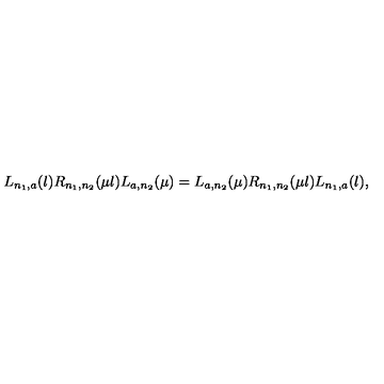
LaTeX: L _ { n _ { 1 } , a } ( \l ) R _ { n _ { 1 } , n _ { 2 } } ( \mu \l ) L _ { a , n _ { 2 } } ( \mu ) = L _ { a , n _ { 2 } } ( \mu ) R _ { n _ { 1 } , n _ { 2 } } ( \mu \l ) L _ { n _ { 1 } , a } ( \l ) ,